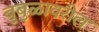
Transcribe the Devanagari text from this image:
बुबुळावरील